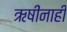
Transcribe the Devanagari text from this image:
ऋषींनाही